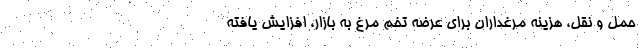
حمل و نقل، هزینه مرغداران برای عرضه تخم مرغ به بازار، افزایش یافته